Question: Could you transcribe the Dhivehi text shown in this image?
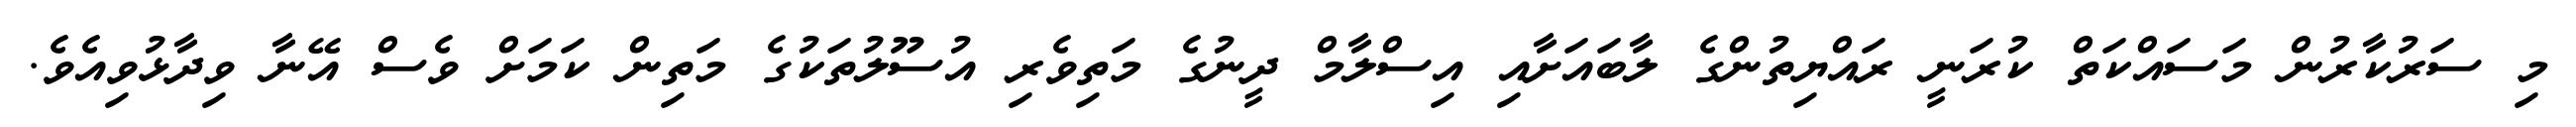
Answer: މި ސަރުކާރުން މަސައްކަތް ކުރަނީ ރައްޔިތުންގެ ލާބައަށާއި އިސްލާމް ދީނުގެ މަތިވެރި އުސޫލުތަކުގެ މަތިން ކަމަށް ވެސް އޭނާ ވިދާޅުވިއެވެ.